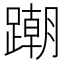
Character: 𨅹